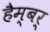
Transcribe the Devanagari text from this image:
हैम्बर्